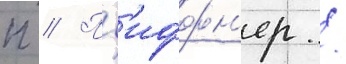
п // Пф'иффн'ер /